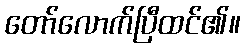
တော်လောက်ပြီထင်၏။